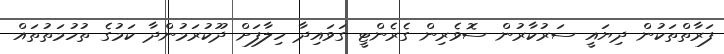
ފަރާތްތަކުން ދިޔައީ ސަރުކާރުން ސޮވެރިން ގެރެންޓީ ގަވައިދާ ހިލާފަށް ދޫކުރަމުންދާ ކަމުގެ ތުހުމަތުތައް